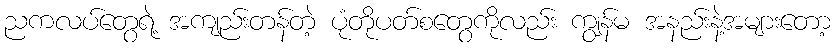
ညကလပ်တွေရဲ့ အကျည်းတန်တဲ့ ပုံတိုပတ်စတွေကိုလည်း ကျွန်မ အနည်းနဲ့အများတော့